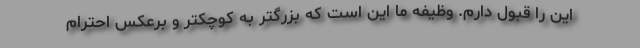
این را قبول دارم. وظیفه ما این است که بزرگتر به کوچکتر و برعکس احترام